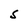
Character: S